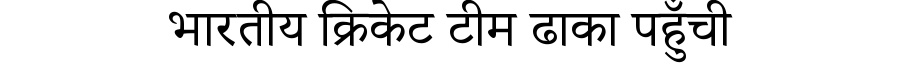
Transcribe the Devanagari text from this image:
भारतीय क्रिकेट टीम ढाका पहुँची